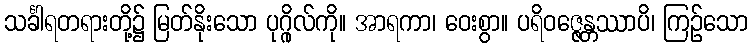
သင်္ခါရတရားတို့၌ မြတ်နိုးသော ပုဂ္ဂိုလ်ကို။ အာရကာ၊ ဝေးစွာ။ ပရိဝဇ္ဇေန္တဿာပိ၊ ကြဉ်သော